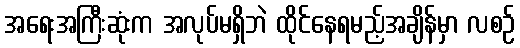
အရေးအကြီးဆုံးက အလုပ်မရှိဘဲ ထိုင်နေရမည့်အချိန်မှာ လစဉ်